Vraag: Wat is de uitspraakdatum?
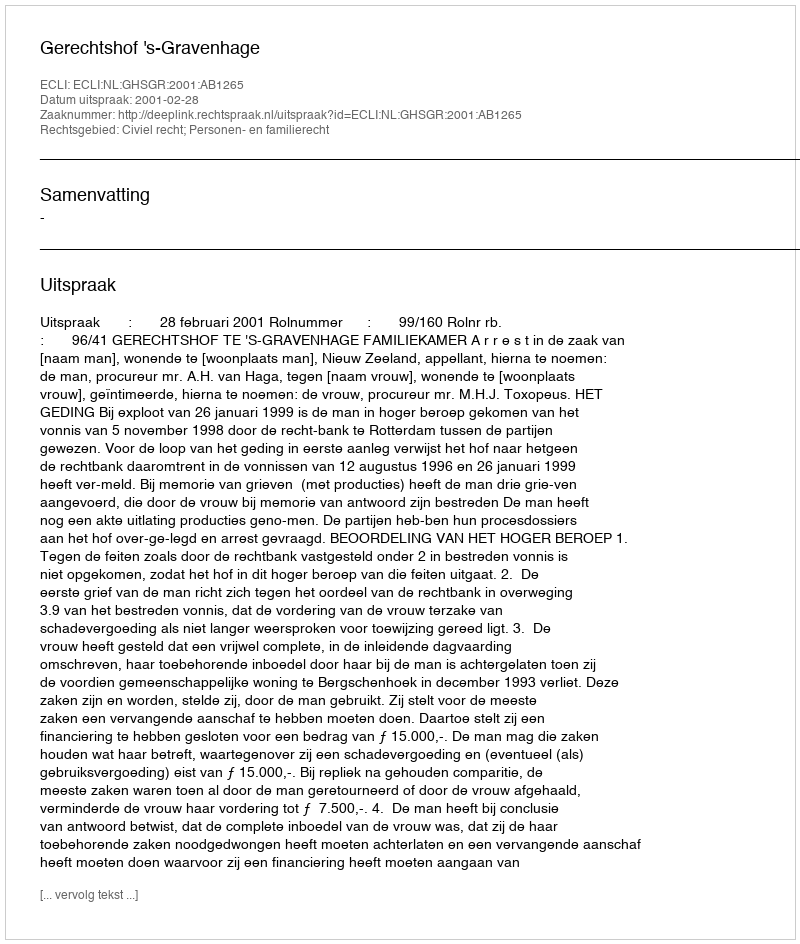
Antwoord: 2001-02-28